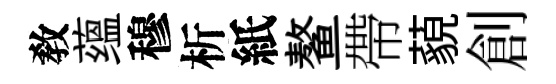
敎蕴穆析紙鳌帶藐創